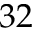
3 2